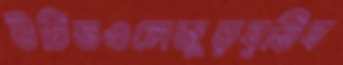
উচিতওলেজুড়বৃত্তিব